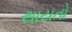
થાયતો